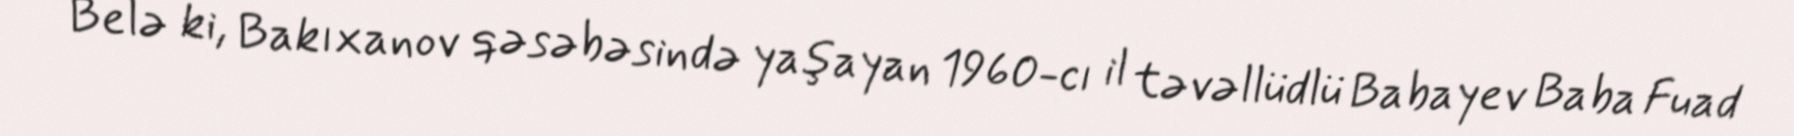
Belə ki, Bakıxanov qəsəbəsində yaşayan 1960-cı il təvəllüdlü Babayev Baba Fuad